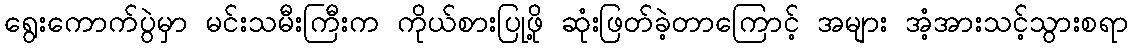
ရွေးကောက်ပွဲမှာ မင်းသမီးကြီးက ကိုယ်စားပြုဖို့ ဆုံးဖြတ်ခဲ့တာကြောင့် အများ အံ့အားသင့်သွားစရာ